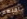
احبهم